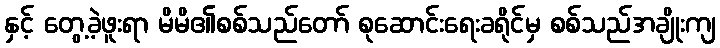
နှင့် တွေ့ခဲ့ဖူးရာ မိမိ၏စစ်သည်တော် စုဆောင်းရေးခရိုင်မှ စစ်သည်အချိုးကျ